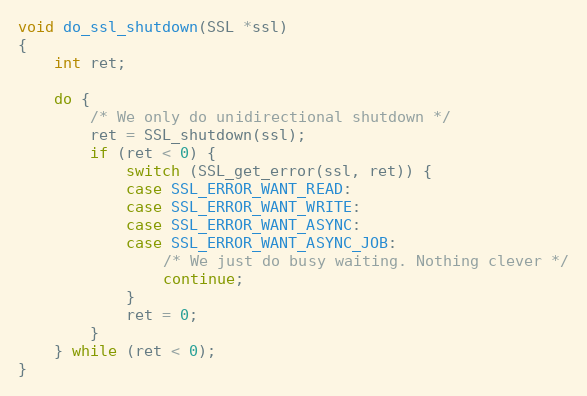
Language: C
void do_ssl_shutdown(SSL *ssl)
{
    int ret;

    do {
        /* We only do unidirectional shutdown */
        ret = SSL_shutdown(ssl);
        if (ret < 0) {
            switch (SSL_get_error(ssl, ret)) {
            case SSL_ERROR_WANT_READ:
            case SSL_ERROR_WANT_WRITE:
            case SSL_ERROR_WANT_ASYNC:
            case SSL_ERROR_WANT_ASYNC_JOB:
                /* We just do busy waiting. Nothing clever */
                continue;
            }
            ret = 0;
        }
    } while (ret < 0);
}